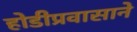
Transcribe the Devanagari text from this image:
होडीप्रवासाने